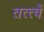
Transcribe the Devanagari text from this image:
तत्त्वें